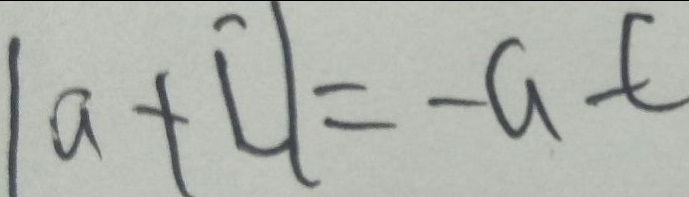
\vert a + c \vert = - a - c